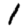
Digit: 1